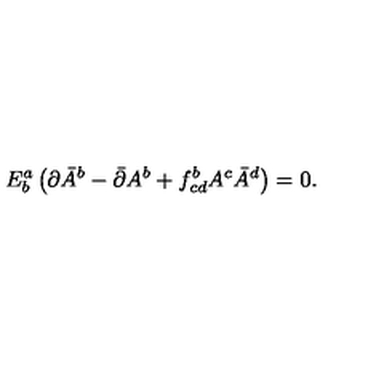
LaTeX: E _ { b } ^ { a } \left( \partial \bar { A } ^ { b } - \bar { \partial } A ^ { b } + f _ { c d } ^ { b } A ^ { c } \bar { A } ^ { d } \right) = 0 .